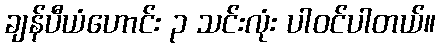
ချန်ပီယံဟောင်း ၃ သင်းလုံး ပါဝင်ပါတယ်။